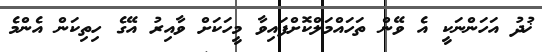
ޚުދު އަހަންނަކީ އެ ވޭން ތަހައްމަލްކޮށްފައިވާ މީހަކަށް ވާއިރު އޭގެ ހިތިކަން އެންމެ